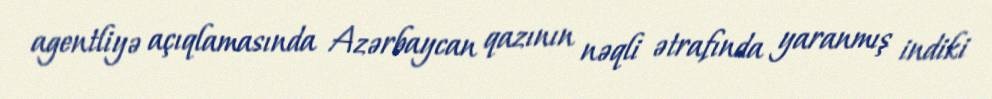
agentliyə açıqlamasında Azərbaycan qazının nəqli ətrafında yaranmış indiki